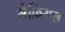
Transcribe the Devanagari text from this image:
सेफ़िसस